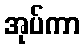
အုပ်ကာ